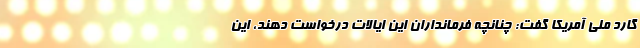
گارد ملی آمریکا گفت: چنانچه فرمانداران این ایالات درخواست دهند، این